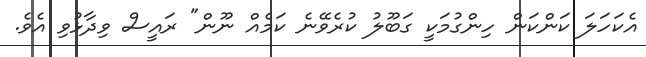
އެކަހަލަ ކަންކަން ހިންގުމަކީ ގަބޫލު ކުރެވޭނެ ކަމެއް ނޫން" ރައީސް ވިދާޅުވި އެވެ.